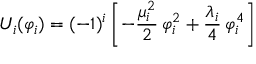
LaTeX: U _ { i } ( \varphi _ { i } ) = ( - 1 ) ^ { i } \left[ - \frac { \mu _ { i } ^ { 2 } } { 2 } \, \varphi _ { i } ^ { 2 } + \frac { \lambda _ { i } } { 4 } \, \varphi _ { i } ^ { 4 } \right]